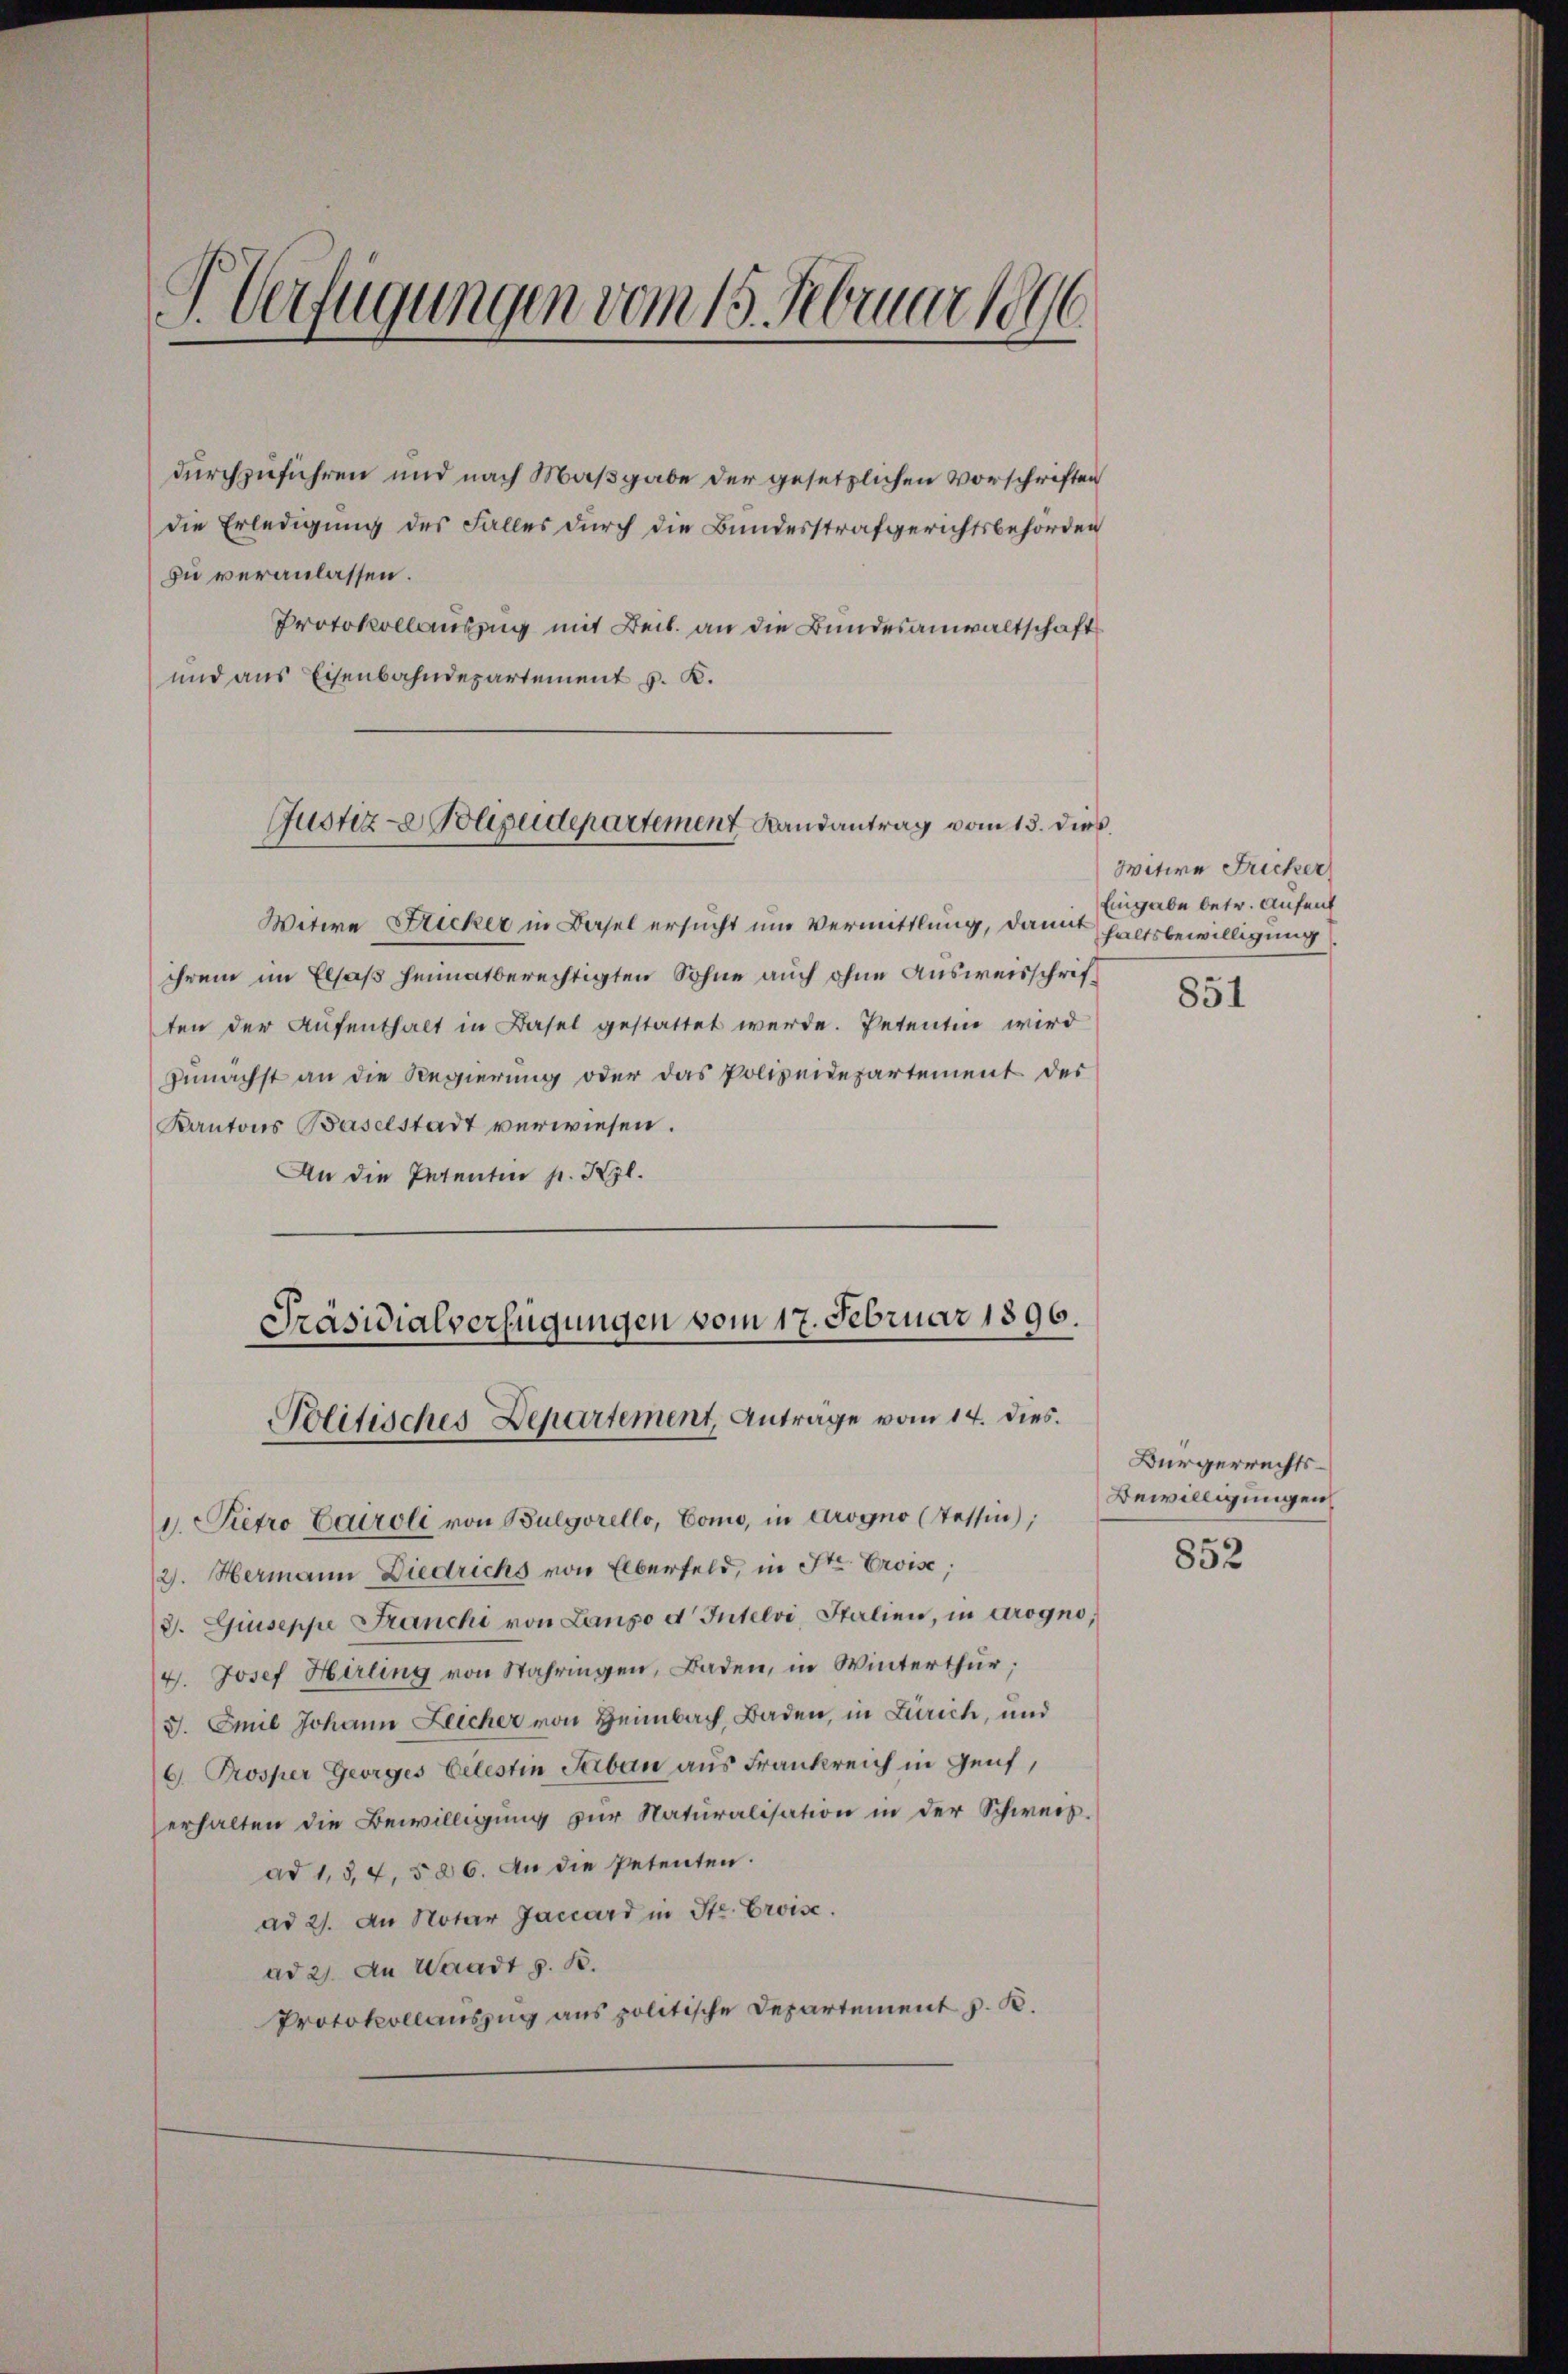
P Verfügungen vom 15. Februar 1896

durchzuführen und nach Maßgabe der gesetzlichen Vorschriften
die Erledigung des Falles durch die Bundesstrafgerichtsbehörden
zu veranlassen.
Protokollauszug mit Beit. an die Bundesanwaltschaft
und aus Eisenbahndepartement v. K.

Justiz- Polizeidepartement Landantrag vom 13. dies

Witwe Sticker in Basel ersucht um Vermittlung, damit haltsbewilligung
ihrem im Elsaß heimatberechtigten Sohne auch ohne Ausweisschriften der Aufenthalt in Basel gestattet werde. Petentin wird
zunächst an die Regierung oder das Polizeidepartement des
Kantons Baselstadt verwiesen.
An die Petenten pr. Kgl.
1. Pietro Caroli von Bulgorello, Como, in Arogno (Tessin,
2. Hermann Diedrichs von Elberfeld, in Str. Eroise;
3. Guseppe Franchi von Lango d Intelvi, Italien, in Arogno,
4. Josef Hirling von Wahringen, Baden, in Winterthur;
J. Emil Johann Zeicher von Heimbach, Baden, in Zürich, und
6. Prosper Georges Celestin Saban aus Frankreich in Genf,
erhalten die Bewilligung zur Naturalisation in der Schweisad 1, 3, 4, § 86. An die Petenten.
ad 2. An Notar Jaccard in Str. Croise.
ad 2. An Waadt z. B.
Protokollauszug aus politische Departement z. B.

Präsidialverfügungen vom 17. Februar 1896.
Politisches Departement, Anträge vom 14. dies

Witwe Fricker
Eingabe betr. Aufent

851

Bürgerrechts-
Bewilligungen

852